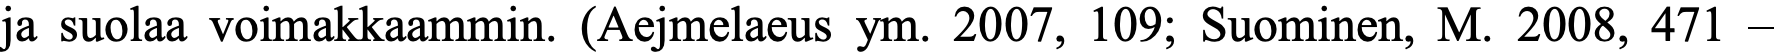
ja suolaa voimakkaammin. (Aejmelaeus ym. 2007, 109; Suominen, M. 2008, 471 –